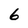
Character: 6